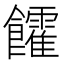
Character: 𩟯